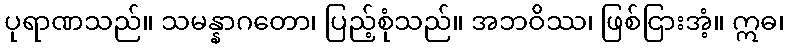
ပုရာဏသည်။ သမန္နာဂတော၊ ပြည့်စုံသည်။ အဘဝိဿ၊ ဖြစ်ငြားအံ့။ ဣဓ၊